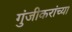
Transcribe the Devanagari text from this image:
गुंजीकरांच्या